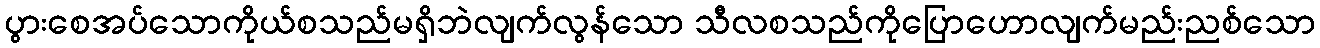
ပွားစေအပ်သောကိုယ်စသည်မရှိဘဲလျက်လွန်သော သီလစသည်ကိုပြောဟောလျက်မည်းညစ်သော